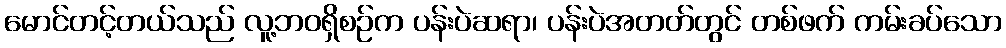
မောင်တင့်တယ်သည် လူ့ဘဝရှိစဉ်က ပန်းပဲဆရာ၊ ပန်းပဲအတတ်တွင် တစ်ဖက် ကမ်းခပ်သော